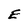
Character: E